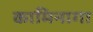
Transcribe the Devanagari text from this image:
कामिनागा